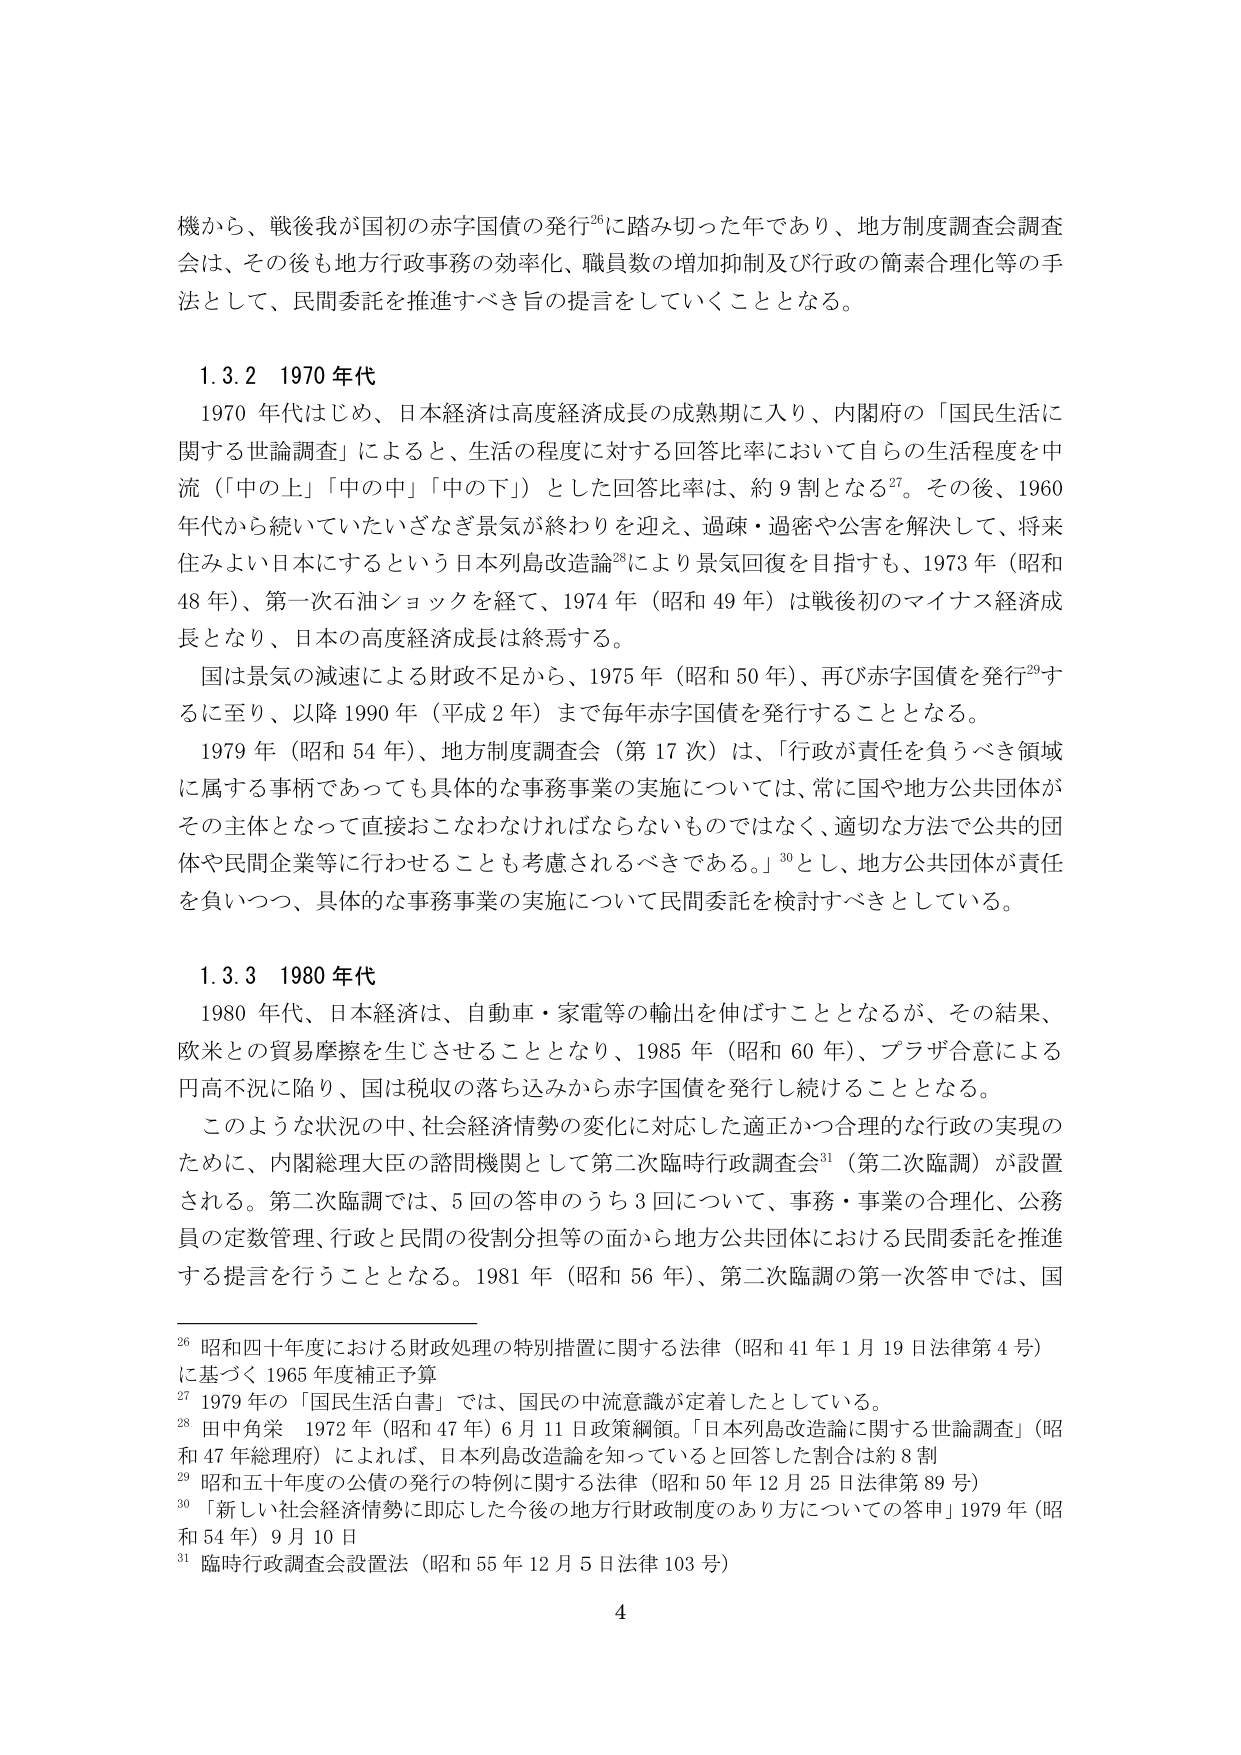
機から、戦後我が国初の赤字国債の発行26に踏み切った年であり、地方制度調査会調査会は、その後も地方行政事務の効率化、職員数の増加抑制及び行政の簡素合理化等の手法として、民間委託を推進すべき旨の提言をしていくこととなる。

1.3.2 1970年代
1970年代はじめ、日本経済は高度経済成長の成熟期に入り、内閣府の「国民生活に関する世論調査」によると、生活の程度に対する回答比率において自らの生活程度を中流（「中の上」「中の中」「中の下」）とした回答比率は、約9割となる27。その後、1960年代から続いていたいざなぎ景気が終わりを迎え、過疎・過密や公害を解決して、将来住みよい日本にするという日本列島改造論28により景気回復を目指すも、1973年（昭和48年）、第一次石油ショックを経て、1974年（昭和49年）は戦後初のマイナス経済成長となり、日本の高度経済成長は終焉する。
国は景気の減速による財政不足から、1975年（昭和50年）、再び赤字国債を発行29するに至り、以降1990年（平成2年）まで毎年赤字国債を発行することとなる。
1979年（昭和54年）、地方制度調査会（第17次）は、「行政が責任を負うべき領域に属する事柄であっても具体的な事務事業の実施については、常に国や地方公共団体がその主体となって直接おこなわなければならないものではなく、適切な方法で公共的団体や民間企業等に行わせることも考慮されるべきである。」30とし、地方公共団体が責任を負いつつ、具体的な事務事業の実施について民間委託を検討すべきとしている。

1.3.3 1980年代
1980年代、日本経済は、自動車・家電等の輸出を伸ばすこととなるが、その結果、欧米との貿易摩擦を生じさせることとなり、1985年（昭和60年）、プラザ合意による円高不況に陥り、国は税収の落ち込みから赤字国債を発行し続けることとなる。
このような状況の中、社会経済情勢の変化に対応した適正かつ合理的な行政の実現のために、内閣総理大臣の諮問機関として第二次臨時行政調査会31（第二次臨調）が設置される。第二次臨調では、5回の答申のうち3回について、事務・事業の合理化、公務員の定数管理、行政と民間の役割分担等の面から地方公共団体における民間委託を推進する提言を行うこととなる。1981年（昭和56年）、第二次臨調の第一次答申では、国

26 昭和四十年度における財政処理の特別措置に関する法律（昭和41年1月19日法律第4号）に基づく1965年度補正予算
27 1979年の「国民生活白書」では、国民の中流意識が定着したとしている。
28 田中角栄 1972年（昭和47年）6月11日政策綱領。「日本列島改造論に関する世論調査」（昭和47年総理府）によれば、日本列島改造論を知っていると回答した割合は約8割
29 昭和五十年度の公債の発行の特例に関する法律（昭和50年12月25日法律第89号）
30 「新しい社会経済情勢に即応した今後の地方行政財政制度のあり方についての答申」1979年（昭和54年）9月10日
31 臨時行政調査会設置法（昭和55年12月5日法律103号）

4